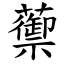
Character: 蘌